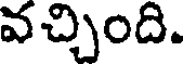
వచ్చింది.